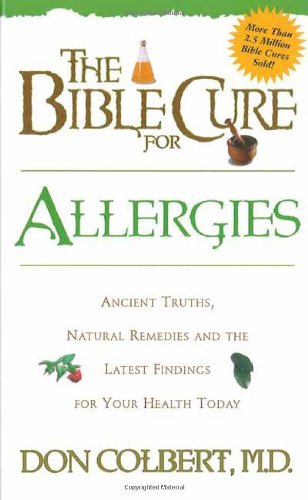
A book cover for The Bible Cure for Allergies: Ancient Truths, Natural Remedies and the Latest Findings for Your Health Today; Don Colbert MD; Health, Fitness & Dieting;